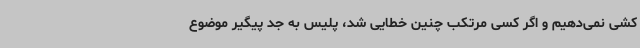
کشی نمی‌دهیم و اگر کسی مرتکب چنین خطایی شد، پلیس به جد پیگیر موضوع